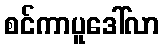
စင်ကာပူဒေါ်လာ